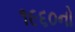
૧૯૬૦નો